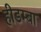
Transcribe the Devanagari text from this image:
हीडम्बा